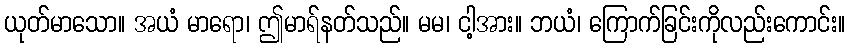
ယုတ်မာသော။ အယံ မာရော၊ ဤမာရ်နတ်သည်။ မမ၊ ငါ့အား။ ဘယံ၊ ကြောက်ခြင်းကိုလည်းကောင်း။